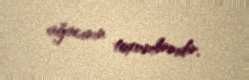
ağacının toxumlarıdır.